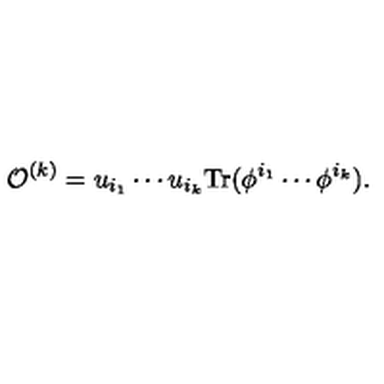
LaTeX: { \cal O } ^ { ( k ) } = u _ { i _ { 1 } } \cdots u _ { i _ { k } } \mathrm { T r } ( \phi ^ { i _ { 1 } } \cdots \phi ^ { i _ { k } } ) .